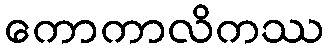
ကောကာလိကဿ